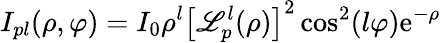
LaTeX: I_{pl}(\rho,\varphi)=I_{0}\rho^{l}\left[\mathscr{L}_{p}^{l}(\rho)\right]^{2}\cos^{2}(l\varphi)\mathrm{e}^{-\rho}